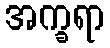
အက္ခရာ